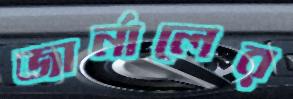
জার্নালের